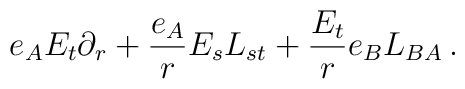
e_AE_t \partial_r + \frac{e_A}{r} E_s L_{st} + \frac{E_t}{r} e_B L_{BA} \, .